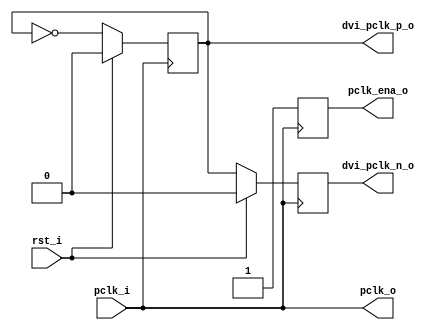
/////////////////////////////////////////////////////////////////////
//   ,------.                    ,--.                ,--.          //
//   |  .--. ' ,---.  ,--,--.    |  |    ,---. ,---. `--' ,---.    //
//   |  '--'.'| .-. |' ,-.  |    |  |   | .-. | .-. |,--.| .--'    //
//   |  |\  \ ' '-' '\ '-'  |    |  '--.' '-' ' '-' ||  |\ `--.    //
//   `--' '--' `---'  `--`--'    `-----' `---' `-   /`--' `---'    //
//             O p e n C o r e s               `---'               //
//                                                                 //
//   VGA/LCD Core; Clock Generator                                 //
//                                                                 //
/////////////////////////////////////////////////////////////////////
//                                                                 //
//             Copyright (C) 2003 Richard Herveille, OpenCores     //
//             Copyright (C) 2018 Roa Logic BV                     //
//             www.roalogic.com                                    //
//                                                                 //
//   This source file may be used and distributed without          //
//   restriction provided that this copyright statement is not     //
//   removed from the file and that any derivative work contains   //
//   the original copyright notice and the associated disclaimer.  //
//                                                                 //
//      THIS SOFTWARE IS PROVIDED ``AS IS'' AND WITHOUT ANY        //
//   EXPRESS OR IMPLIED WARRANTIES, INCLUDING, BUT NOT LIMITED     //
//   TO, THE IMPLIED WARRANTIES OF MERCHANTABILITY AND FITNESS     //
//   FOR A PARTICULAR PURPOSE. IN NO EVENT SHALL THE AUTHOR OR     //
//   CONTRIBUTORS BE LIABLE FOR ANY DIRECT, INDIRECT, INCIDENTAL,  //
//   SPECIAL, EXEMPLARY, OR CONSEQUENTIAL DAMAGES (INCLUDING, BUT  //
//   NOT LIMITED TO, PROCUREMENT OF SUBSTITUTE GOODS OR SERVICES;  //
//   LOSS OF USE, DATA, OR PROFITS; OR BUSINESS INTERRUPTION)      //
//   HOWEVER CAUSED AND ON ANY THEORY OF LIABILITY, WHETHER IN     //
//   CONTRACT, STRICT LIABILITY, OR TORT (INCLUDING NEGLIGENCE OR  //
//   OTHERWISE) ARISING IN ANY WAY OUT OF THE USE OF THIS          //
//   SOFTWARE, EVEN IF ADVISED OF THE POSSIBILITY OF SUCH DAMAGE.  //
//                                                                 //
/////////////////////////////////////////////////////////////////////

// +FHDR -  Semiconductor Reuse Standard File Header Section  -------
// DEPARTMENT     :
// AUTHOR'S EMAIL :
// ------------------------------------------------------------------
// RELEASE HISTORY
// VERSION DATE        AUTHOR      DESCRIPTION
// 2.0     2003        rherveille  Last OpenCores Release
// ------------------------------------------------------------------
// KEYWORDS : VGA_LCD OPENCORES                                 
// ------------------------------------------------------------------
// PURPOSE  : Clock generation 
// ------------------------------------------------------------------
// PARAMETERS
//  PARAM NAME        RANGE  DESCRIPTION              DEFAULT UNITS
//  HAS_DVI           [0,1]  Implement DVI clocks?    1
// ------------------------------------------------------------------
// REUSE ISSUES 
//   Reset Strategy      : synchronous, active high
//   Clock Domains       : pclk_i
//   Critical Timing     : 
//   Test Features       : 
//   Asynchronous I/F    : no 
//   Scan Methodology    : na
//   Instantiations      : none
//   Synthesizable (y/n) : Yes
//   Other               : This is a clock generator block, see note
// -FHDR-------------------------------------------------------------


// N O T E //////////////////////////////////////////////////////////
//                                                                 //
// !! SPECIAL LOGIC, USE PRECAUTION DURING SYNTHESIS AND LAYOUT !! //
//                                                                 //
// This is a clock generation circuit. Although all output clocks  //
// are generated synchronous to the input clock, special care must //
// be taken during synthesis and physical layout.                  //
//                                                                 //
// Alternatively replace this block with a technology specific     //
// implementation.                                                 //
//                                                                 //
/////////////////////////////////////////////////////////////////////


module vga_clkgen #(
  parameter HAS_DVI = 0
)
(
  // inputs & outputs
  input      pclk_i,       // pixel clock in
  input      rst_i,        // synchronous active high reset input

  output reg pclk_o,       // pixel clock out

  output reg dvi_pclk_p_o, // dvi cpclk+ output
  output reg dvi_pclk_n_o, // dvi cpclk- output

  output reg pclk_ena_o    // pixel clock enable output
);


//////////////////////////////////
//
// module body
//

  // These should be registers in or near IO buffers
  always @(posedge pclk_i)
    if (rst_i)
    begin
        dvi_pclk_p_o <= 1'b0;
        dvi_pclk_n_o <= 1'b0;
    end
    else
    begin
        dvi_pclk_p_o <= ~dvi_pclk_p_o;
        dvi_pclk_n_o <=  dvi_pclk_p_o;
    end

generate
  if (HAS_DVI == 1)
  begin
      // DVI circuit
      // pixel clock output is half of the pixel clock input

      always @(posedge pclk_i)
        if (rst_i) pclk_o <=  1'b0;
        else       pclk_o <= ~pclk_o;


      always @(posedge pclk_i)
        if (rst_i) pclk_ena_o <=  1'b1;
        else       pclk_ena_o <= ~pclk_ena_o;
  end
  else
  begin
      // No DVI circuit
      // Simply reroute the pixel input clock input

      always @* pclk_o     = pclk_i;

      //In plain verilog 'always @*' doesn't trigger on timestamp t0, which
      //causes a 'z' in simulations. Therefore we use
      //'always @(posedge pclk_i)'. This creates a constant flipflop, which
      //should get optimized away.
      //In SystemVerilog 'always_comb' does get trigger on t0, and hence this
      //works.
      always @(posedge pclk_i) pclk_ena_o = 1'b1;
  end
endgenerate

endmodule